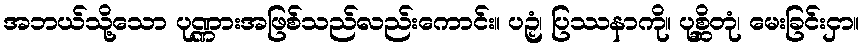
အဘယ်သို့သော ပုဏ္ဏားအဖြစ်သည်လည်းကောင်း။ ပဉှံ၊ ပြဿနာကို။ ပုစ္ဆိတုံ၊ မေးခြင်းငှာ။